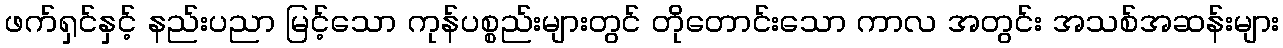
ဖက်ရှင်နှင့် နည်းပညာ မြင့်သော ကုန်ပစ္စည်းများတွင် တိုတောင်းသော ကာလ အတွင်း အသစ်အဆန်းများ